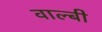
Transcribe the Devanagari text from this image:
वाल्बी